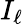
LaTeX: I_{\ell}